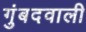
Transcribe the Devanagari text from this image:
गुंबदवाली